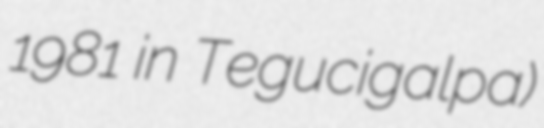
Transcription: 1981 in Tegucigalpa)